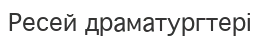
Ресей драматургтері